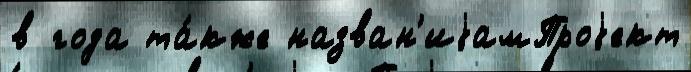
в года та́кже назван'иjамПроjект